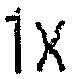
1X